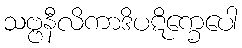
သဗ္ဗနီလိကာဒိပဋိက္ခေပေါ